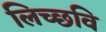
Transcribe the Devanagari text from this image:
लिच्‍छवि